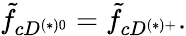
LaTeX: \tilde{f}_{cD^{(*)0}}=\tilde{f}_{cD^{(*)+}}.